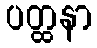
ပတ္ထနာ